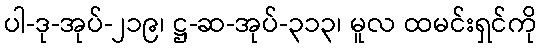
ပါ-ဒု-အုပ်-၂၁၉၊ ဋ္ဌ-ဆ-အုပ်-၃၁၃၊ မူလ ထမင်းရှင်ကို